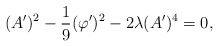
\begin{align*}(A^{\prime })^{2}-\frac{1}{9}(\varphi ^{\prime })^{2}-2\lambda (A^{\prime})^{4}=0, \end{align*}